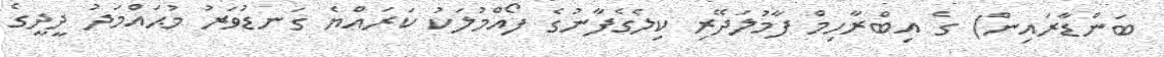
ބަންޑާރައިން) ގެ އިބްރާހިމް ފާމުލަދޭރި ކިލެގެފާނުގެ ފޯއްމުލަކު ކަރައްޔެ ގަނޑުވަރު މުޙައްމަދު ދީދީގެ